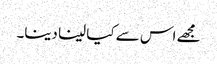
مجھے اس سے کیا لینا دینا۔